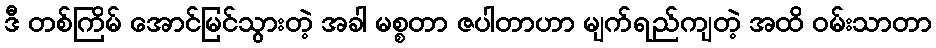
ဒီ တစ်ကြိမ် အောင်မြင်သွားတဲ့ အခါ မစ္စတာ ဇပါတာဟာ မျက်ရည်ကျတဲ့ အထိ ဝမ်းသာတာ